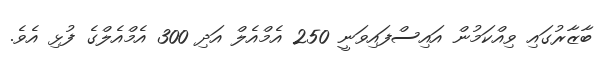
ބާޒާރުގައި ވިއްކަމުން އައިސްފައިވަނީ 250 އެމްއެލް އަދި 300 އެމްއެލްގެ ފުޅި އެވެ.